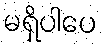
မရှိပါပေ